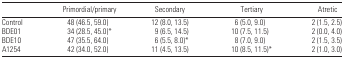
|  | Primordial/primary | Secondary | Tertiary | Atretic |
 | --- | --- | --- | --- | --- |
 | Control | 48 (46.5, 59.0) | 12 (8.0, 13.5) | 6 (5.0, 9.0) | 2 (1.5, 2.5) |
 | BDE01 | 34 (28.5, 45.0)* | 9 (6.5, 14.5) | 10 (7.5, 11.5) | 2 (0.0, 4.0) |
 | BDE10 | 47 (35.5, 64.0) | 6 (5.5, 8.0)* | 8 (7.0, 9.0) | 2 (1.5, 3.5) |
 | A1254 | 42 (34.0, 52.0) | 11 (4.5, 13.5) | 10 (8.5, 11.5)* | 2 (1.0, 3.0) |